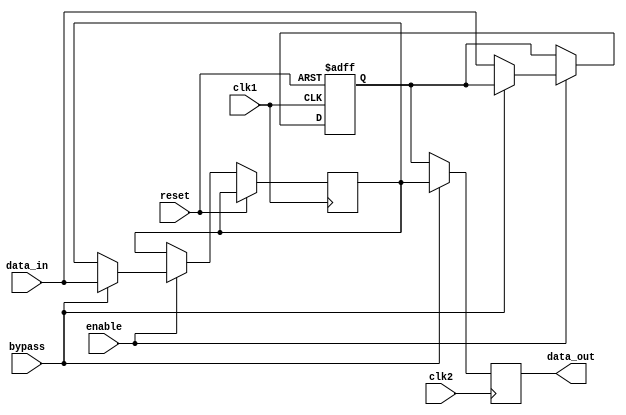
module cascade_bypass_register (
    input wire clk1,
    input wire clk2,
    input wire reset,
    input wire enable,
    input wire bypass,
    input wire [7:0] data_in,
    output reg [7:0] data_out
);

reg [7:0] register;
reg [7:0] bypass_data;

always @(posedge clk1 or posedge reset) begin
    if (reset) begin
        register <= 8'h00;
    end else if (enable) begin
        if (bypass) begin
            bypass_data <= data_in;
        end else begin
            register <= data_in;
        end
    end
end

always @(posedge clk2) begin
    if (bypass) begin
        data_out <= bypass_data;
    end else begin
        data_out <= register;
    end
end

endmodule